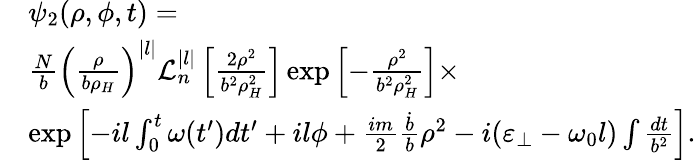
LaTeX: \begin{array}{rl}&{\psi_{2}(\rho,\phi,t)=}\\ &{\frac{N}{b}\left(\frac{\rho}{b\rho_{H}}\right)^{|l|}\mathcal{L}_{n}^{|l|}\left[\frac{2\rho^{2}}{b^{2}\rho_{H}^{2}}\right]\exp\left[-\frac{\rho^{2}}{b^{2}\rho_{H}^{2}}\right]\times}\\ &{\exp\left[-il\int_{0}^{t}\omega(t^{\prime})dt^{\prime}+il\phi+{\frac{im}{2}\frac{\dot{b}}{b}\rho^{2}}-i(\varepsilon_{\perp}-\omega_{0}l)\int\frac{dt}{b^{2}}\right].}\end{array}